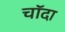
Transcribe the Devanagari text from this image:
चाॅदा